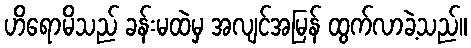
ဟိရောမိသည် ခန်းမထဲမှ အလျင်အမြန် ထွက်လာခဲ့သည်။